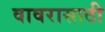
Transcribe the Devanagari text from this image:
वावरासाठी